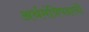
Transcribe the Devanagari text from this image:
अर्थमंत्रिपदाची